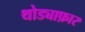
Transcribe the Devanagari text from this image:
थोड्याफ़ार